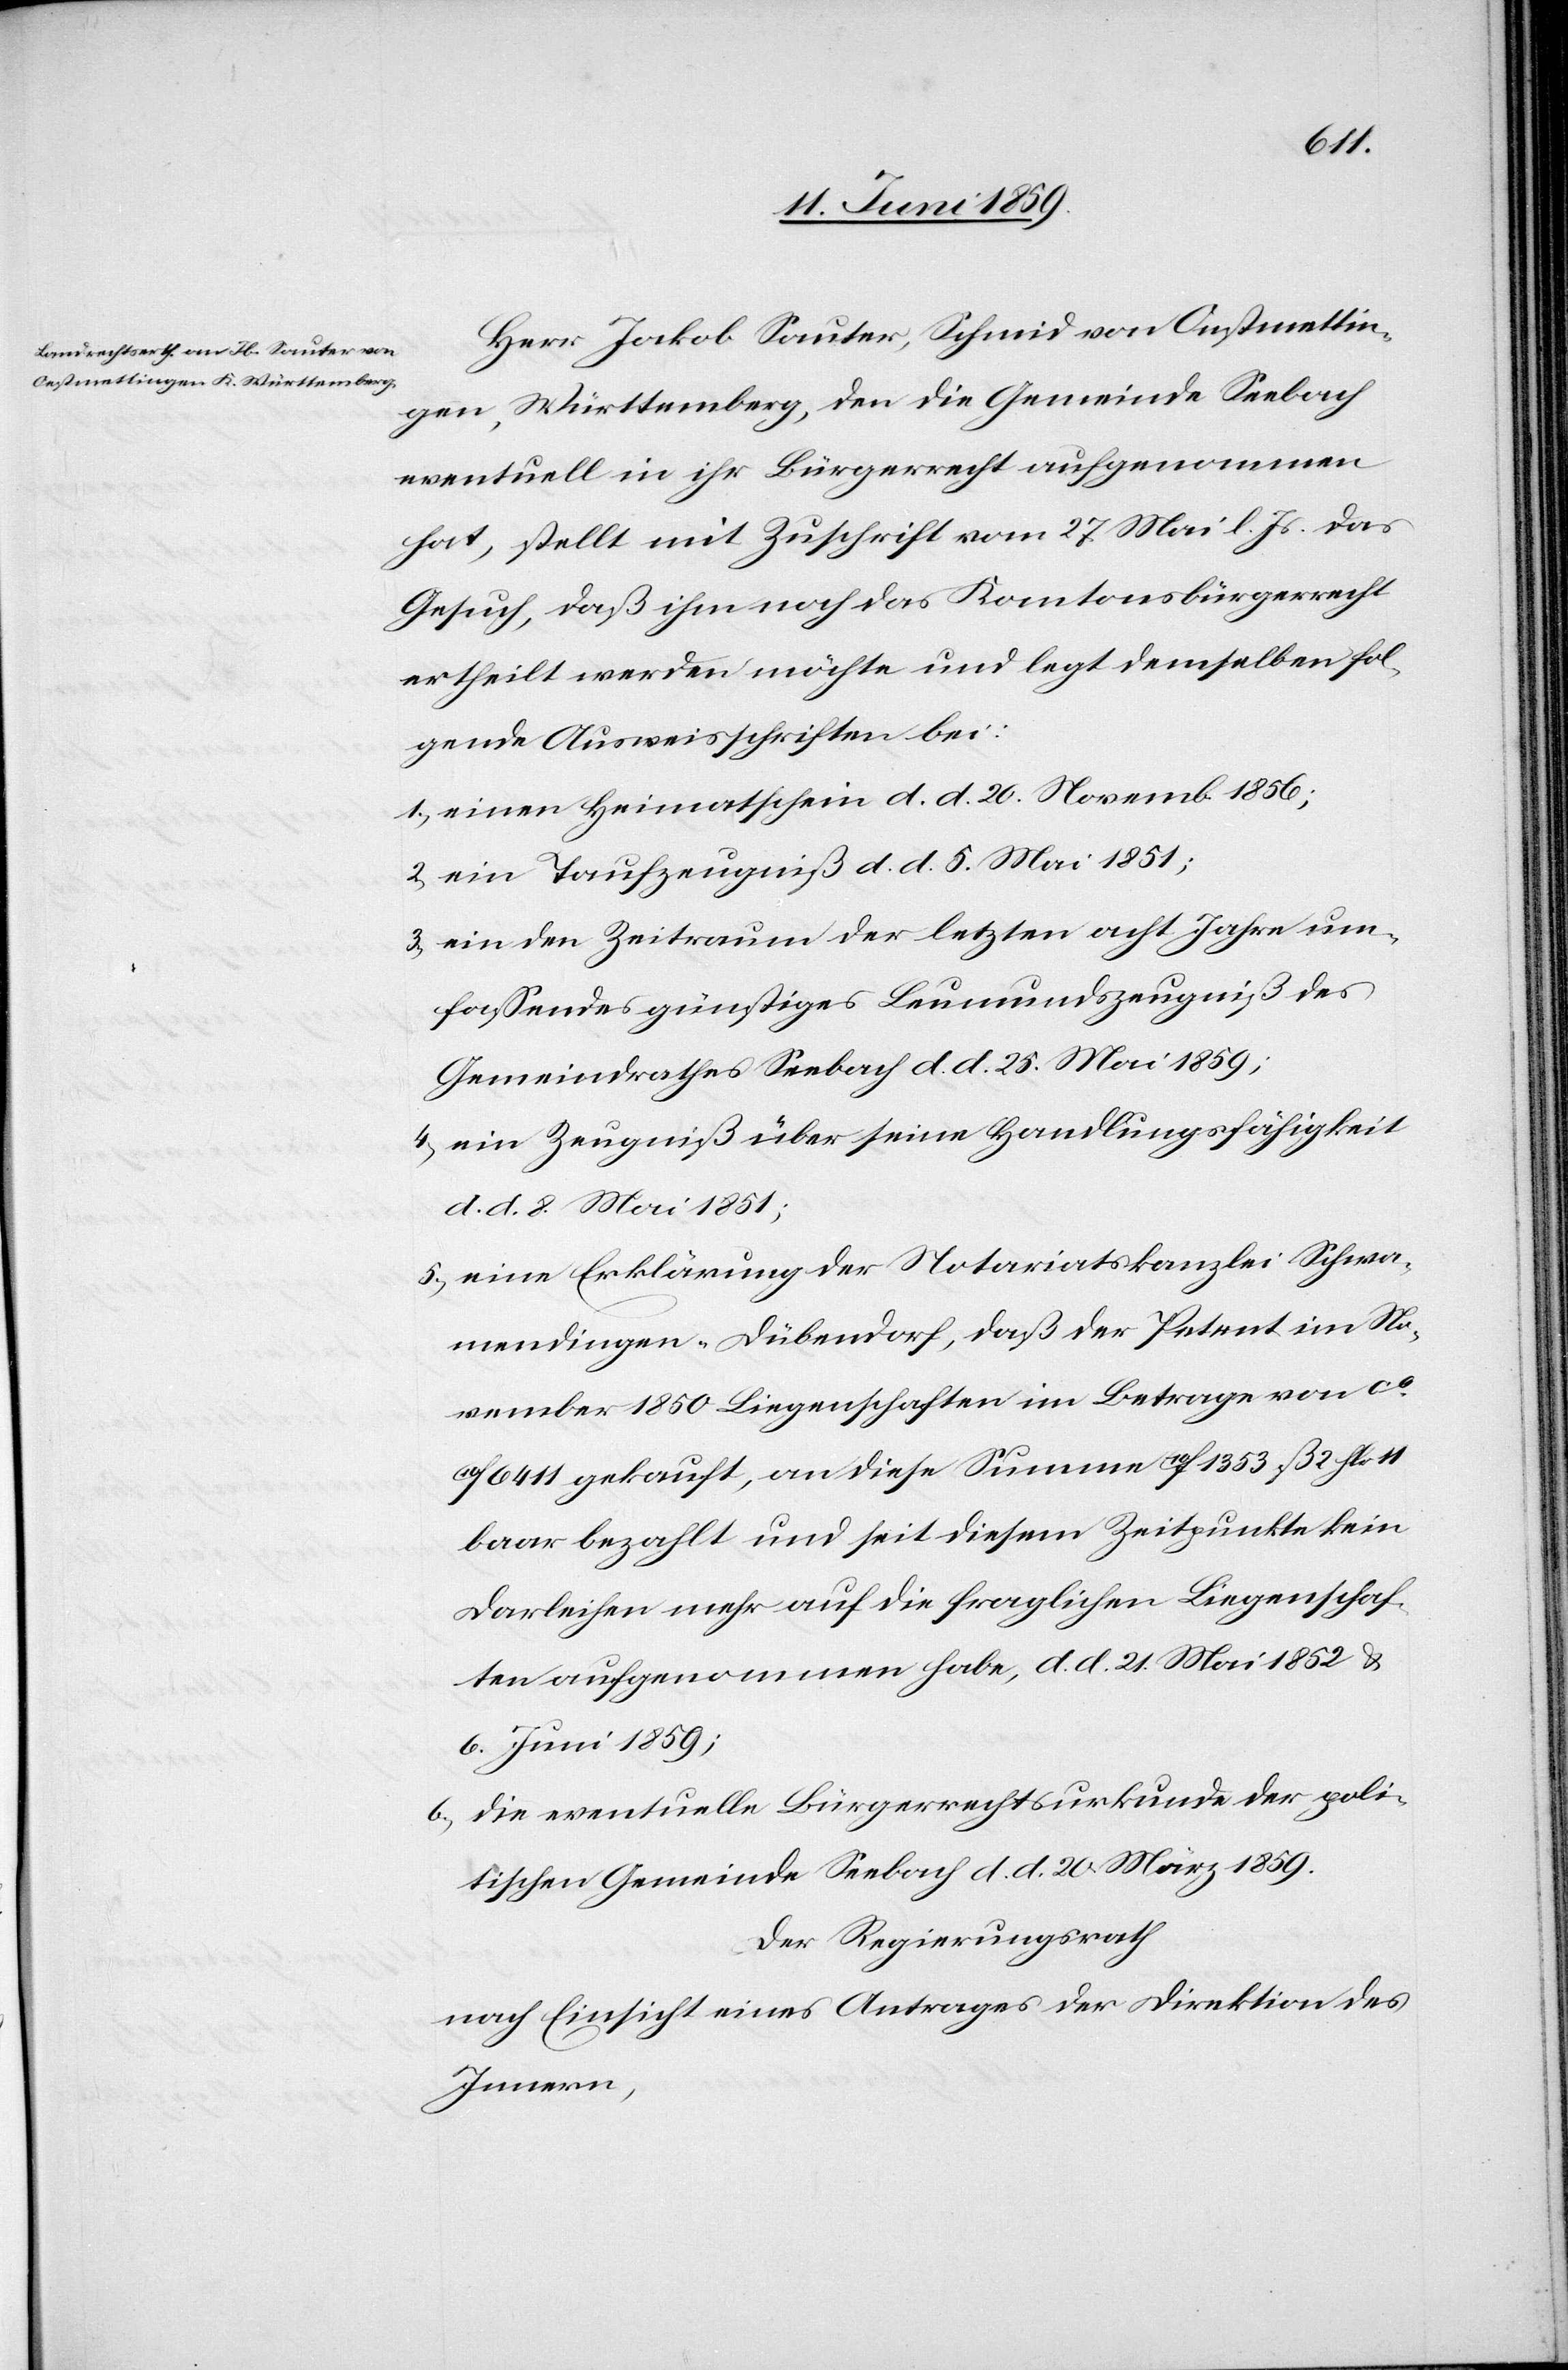
Herr Jakob Sauter, Schmid von Onstmettin¬
gen, Württemberg, den die Gemeinde Seebach
eventuell in ihr Bürgerrecht aufgenommen
hat, stellt mit Zuschrift vom 27. Mai l. Js. das
Gesuch, daß ihm noch das Kantonsbürgerrecht
ertheilt werden möchte und legt demselben fol¬
gende Ausweisschriften bei:
1) einen Heimatschein d. d. 20. Novemb. 1856;
2) ein Taufzeugniß d. d. 5. Mai 1851;
3) ein den Zeitraum der letzten acht Jahre um¬
fassendes günstiges Leumundszeugniß des
Gemeindrathes Seebach d. d. 25. Mai 1859;
4) ein Zeugniß über seine Handlungsfähigkeit
d. d. 8. Mai 1851;
5) eine Erklärung der Notariatskanzlei Schwa¬
mendingen-Dübendorf, daß der Petent im No¬
vember 1850 Liegenschaften im Betrage von ca
6411 gekauft, an diese Summe 10f 1353 ß 2 flor 11
baar bezahlt und seit diesem Zeitpunkte kein
Darleihen mehr auf die fraglichen Liegenschaf¬
ten aufgenommen habe, d. d. 21. Mai 1852 &
6. Juni 1859;
6) die eventuelle Bürgerrechtsurkunde der poli¬
tischen Gemeinde Seebach d. d. 20. März 1859.
Der Regierungsrath
nach Einsicht eines Antrages der Direktion des
Innern,